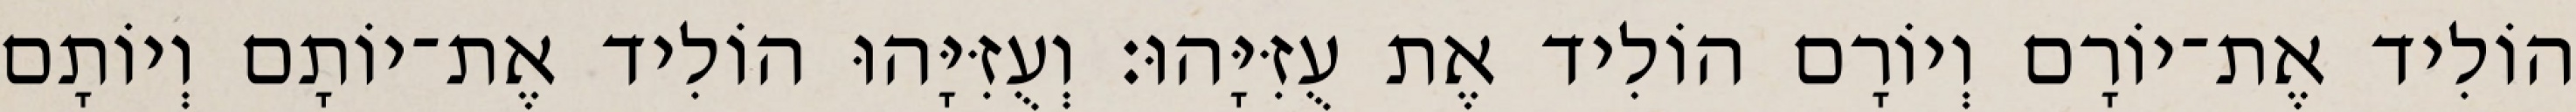
הוֹלִיד אֶת־יוֹרָם וְיוֹרָם הוֹלִיד אֶת עֻזִּיָּהוּ׃ וְעֻזִּיָּהוּ הוֹלִיד אֶת־יוֹתָם וְיוֹתָם